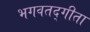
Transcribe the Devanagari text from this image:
भगवतद्गीता